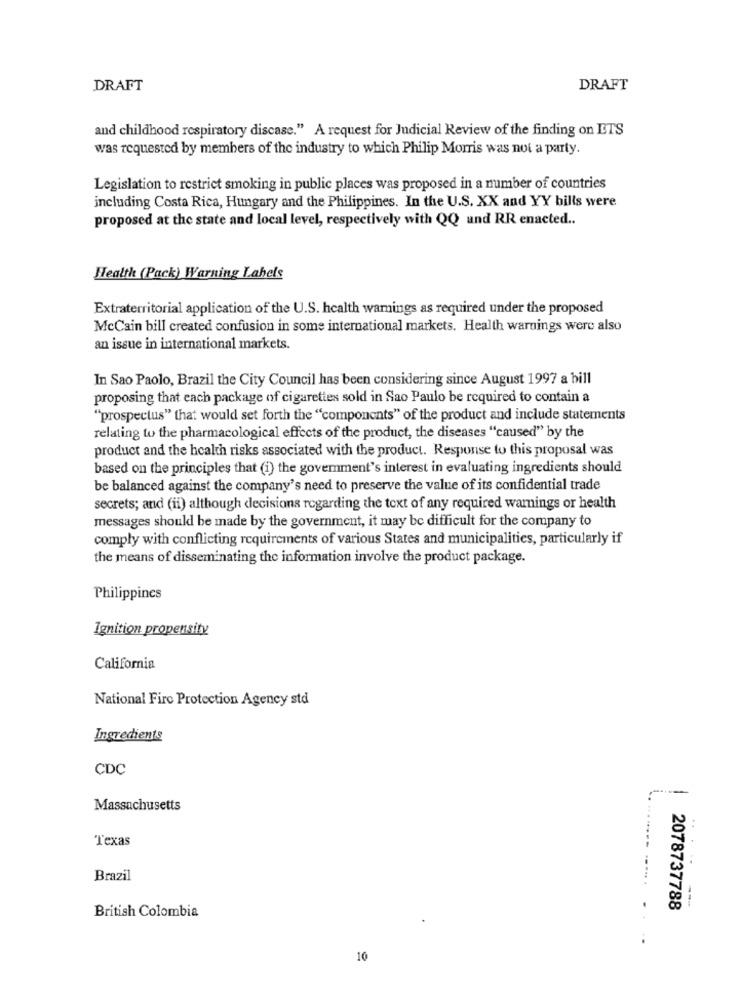
DRAFT
DRAFT
and childhood respiratory discase." A request for Judicial Review of the finding on ETS
was requested by members of the industry to which Philip Morris was not a party.
Legislation to restrict smoking in public places was proposed in a number of countries
including Costa Rica, Hungary and the Philippines. In the U.S. XX and YY bills were
proposed at the state and local level, respectively with QQ und RR enacted ..
Health (Pack) Warning Lahels
Extraterritorial application of the U.S. health warnings as required under the proposed
McCain bill created confusion in some international markets. Health warnings were also
an issue in international markets.
In Sao Paolo, Brazil the City Council has been considering since August 1997 a bill
proposing that each package of cigarettes sold in Sao Paulo be required to contain a
"prospectus" that would set forth the "components" of the product and include statements
relating to the pharmacological effects of the product, the diseases "caused" by the
product and the health risks associated with the product. Response to this proposal was
based on the principles that (i) the government's interest in evaluating ingredients should
be balanced against the company's need to preserve the value of its confidential trade
secrets; and (ii) although decisions regarding the text of any required warnings or health
messages should be made by the government, it may be difficult for the company to
comply with conflicting requirements of various States and municipalities, particularly if
the means of disseminating the information involve the product package.
Philippines
Ignition propensity
California
National Fire Protection Agency std
Ingredients
CDC
-
Massachusetts
..
Texas
Brazil
British Colombia
2078737788
10